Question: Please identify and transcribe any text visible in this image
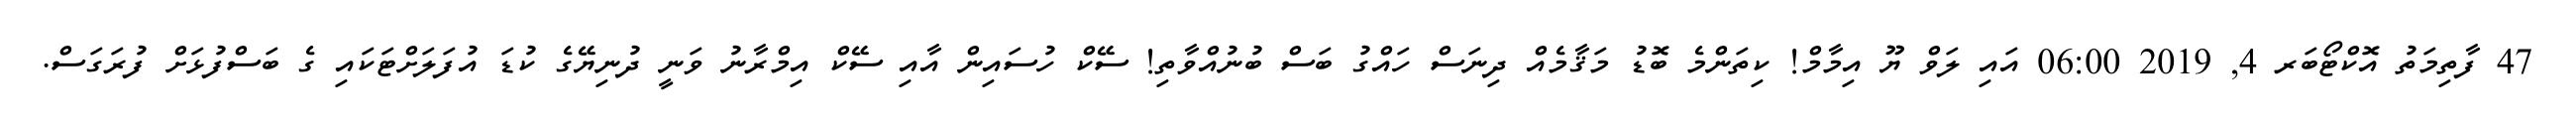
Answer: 47 ފާތިމަތު އޮކްޓޯބަރ 4, 2019 06:00 އައި ލަވް ޔޫ އިމާމް! ކިތަންމެ ބޮޑު މަޤާމެއް ދިނަސް ހައްގު ބަސް ބުނުއްވާތި! ސޭކް ހުސައިން އާއި ސޭކް އިމްރާނު ވަނީ ދުނިޔޭގެ ކުޑަ އުފަލަށްޓަކައި ގެ ބަސްފުޅަށް ފުރަގަސް.